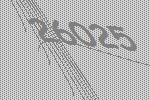
26025